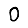
Digit: 0